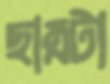
ছাত্রটা